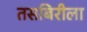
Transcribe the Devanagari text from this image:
तसबिरीला